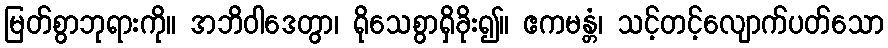
မြတ်စွာဘုရားကို။ အဘိဝါဒေတွာ၊ ရိုသေစွာရှိခိုး၍။ ဧကမန္တံ၊ သင့်တင့်လျောက်ပတ်သော